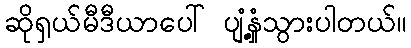
ဆိုရှယ်မီဒီယာပေါ် ပျံ့နှံ့သွားပါတယ်။